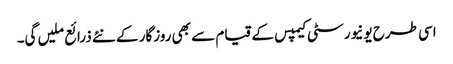
اسی طرح یونیورسٹی کیمپس کے قیام سے بھی روزگار کے نئے ذرائع ملیں گی۔